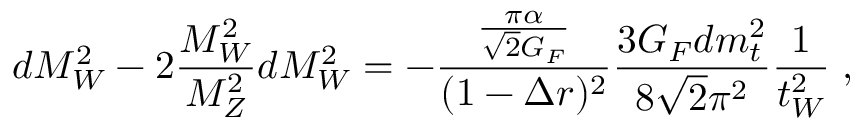
d M _ { W } ^ { 2 } - 2 \frac { M _ { W } ^ { 2 } } { M _ { Z } ^ { 2 } } d M _ { W } ^ { 2 } = - \frac { \frac { \pi \alpha } { \sqrt 2 G _ { F } } } { ( 1 - \Delta r ) ^ { 2 } } \frac { 3 G _ { F } d m _ { t } ^ { 2 } } { 8 \sqrt 2 \pi ^ { 2 } } \frac { 1 } { t _ { W } ^ { 2 } } \; ,